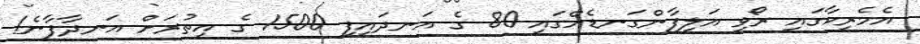
އެމެރިކާގައި ރޯވި އަލިފާންގަނޑެއްގައި 80 ގެ އަނދައިފި 1500 ގެ އިތުރަށް އަނދާފާނެ!